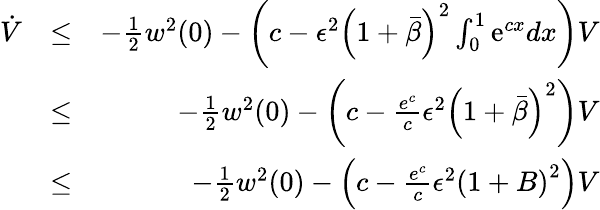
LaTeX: \begin{array}{rlr}{\dot{V}}&{\leq}&{-{\frac{1}{2}}w^{2}(0)-\left(c-\epsilon^{2}\left(1+\bar{\beta}\right)^{2}\int_{0}^{1}\mathrm{e}^{cx}dx\right)V}\\ &{\leq}&{-{\frac{1}{2}}w^{2}(0)-\left(c-\frac{e^{c}}{c}\epsilon^{2}\left(1+\bar{\beta}\right)^{2}\right)V}\\ &{\leq}&{-{\frac{1}{2}}w^{2}(0)-\left(c-\frac{e^{c}}{c}\epsilon^{2}\left(1+B\right)^{2}\right)V}\end{array}